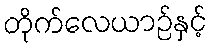
တိုက်လေယာဉ်နှင့်